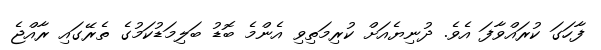
ފާހަގަ ކުރައްވާފަ އެވެ. ދުނިޔެއަށް ކުރިމަތިވި އެންމެ ބޮޑު ބަލިމަޑުކަމުގެ ތެރޭގައި ރާއްޖެ